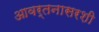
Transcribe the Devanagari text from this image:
आवर्तनासरशी